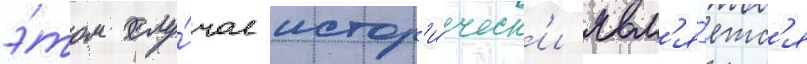
э́том слу́чае истор'и́ческ'и явл'я́етс'я